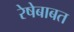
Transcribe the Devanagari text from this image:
रेषेबाबत